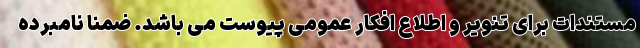
مستندات برای تنویر و اطلاع افکار عمومی پیوست می باشد. ضمنا نامبرده